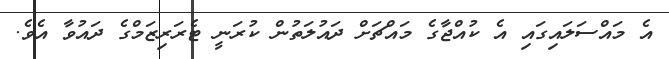
އެ މައްސަލައިގައި އެ ކުއްޖާގެ މައްޗަށް ދައުލަތުން ކުރަނީ ޓެރަރިޒަމްގެ ދައުވާ އެވެ.